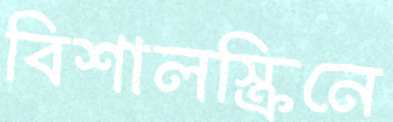
বিশালস্ক্রিনে